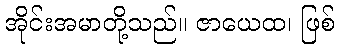
အိုင်းအမာတို့သည်။ ဇာယေထ၊ ဖြစ်